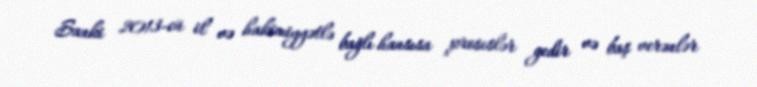
Sanki 2013-cü il və hakimiyyətlə bağlı hansısa proseslər gedir və baş verənlər